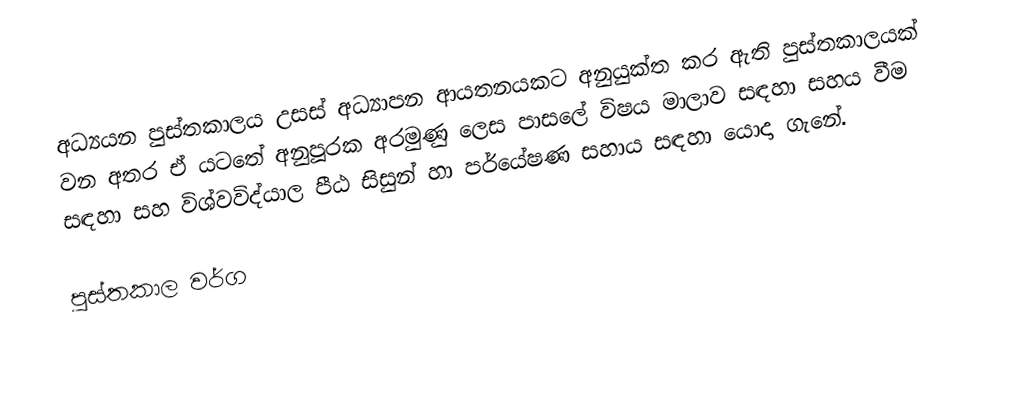
අධ්‍යයන පුස්තකාලය උසස් අධ්‍යාපන ආයතනයකට අනුයුක්ත කර ඇති පුස්තකාලයක් වන අතර ඒ යටතේ අනුපූරක අරමුණු ලෙස පාසලේ විෂය මාලාව සඳහා සහය වීම සඳහා සහ විශ්වවිද්යාල පීඨ සිසුන් හා පර්යේෂණ සහාය සඳහා යොදා ගැනේ.

පුස්තකාල වර්ග